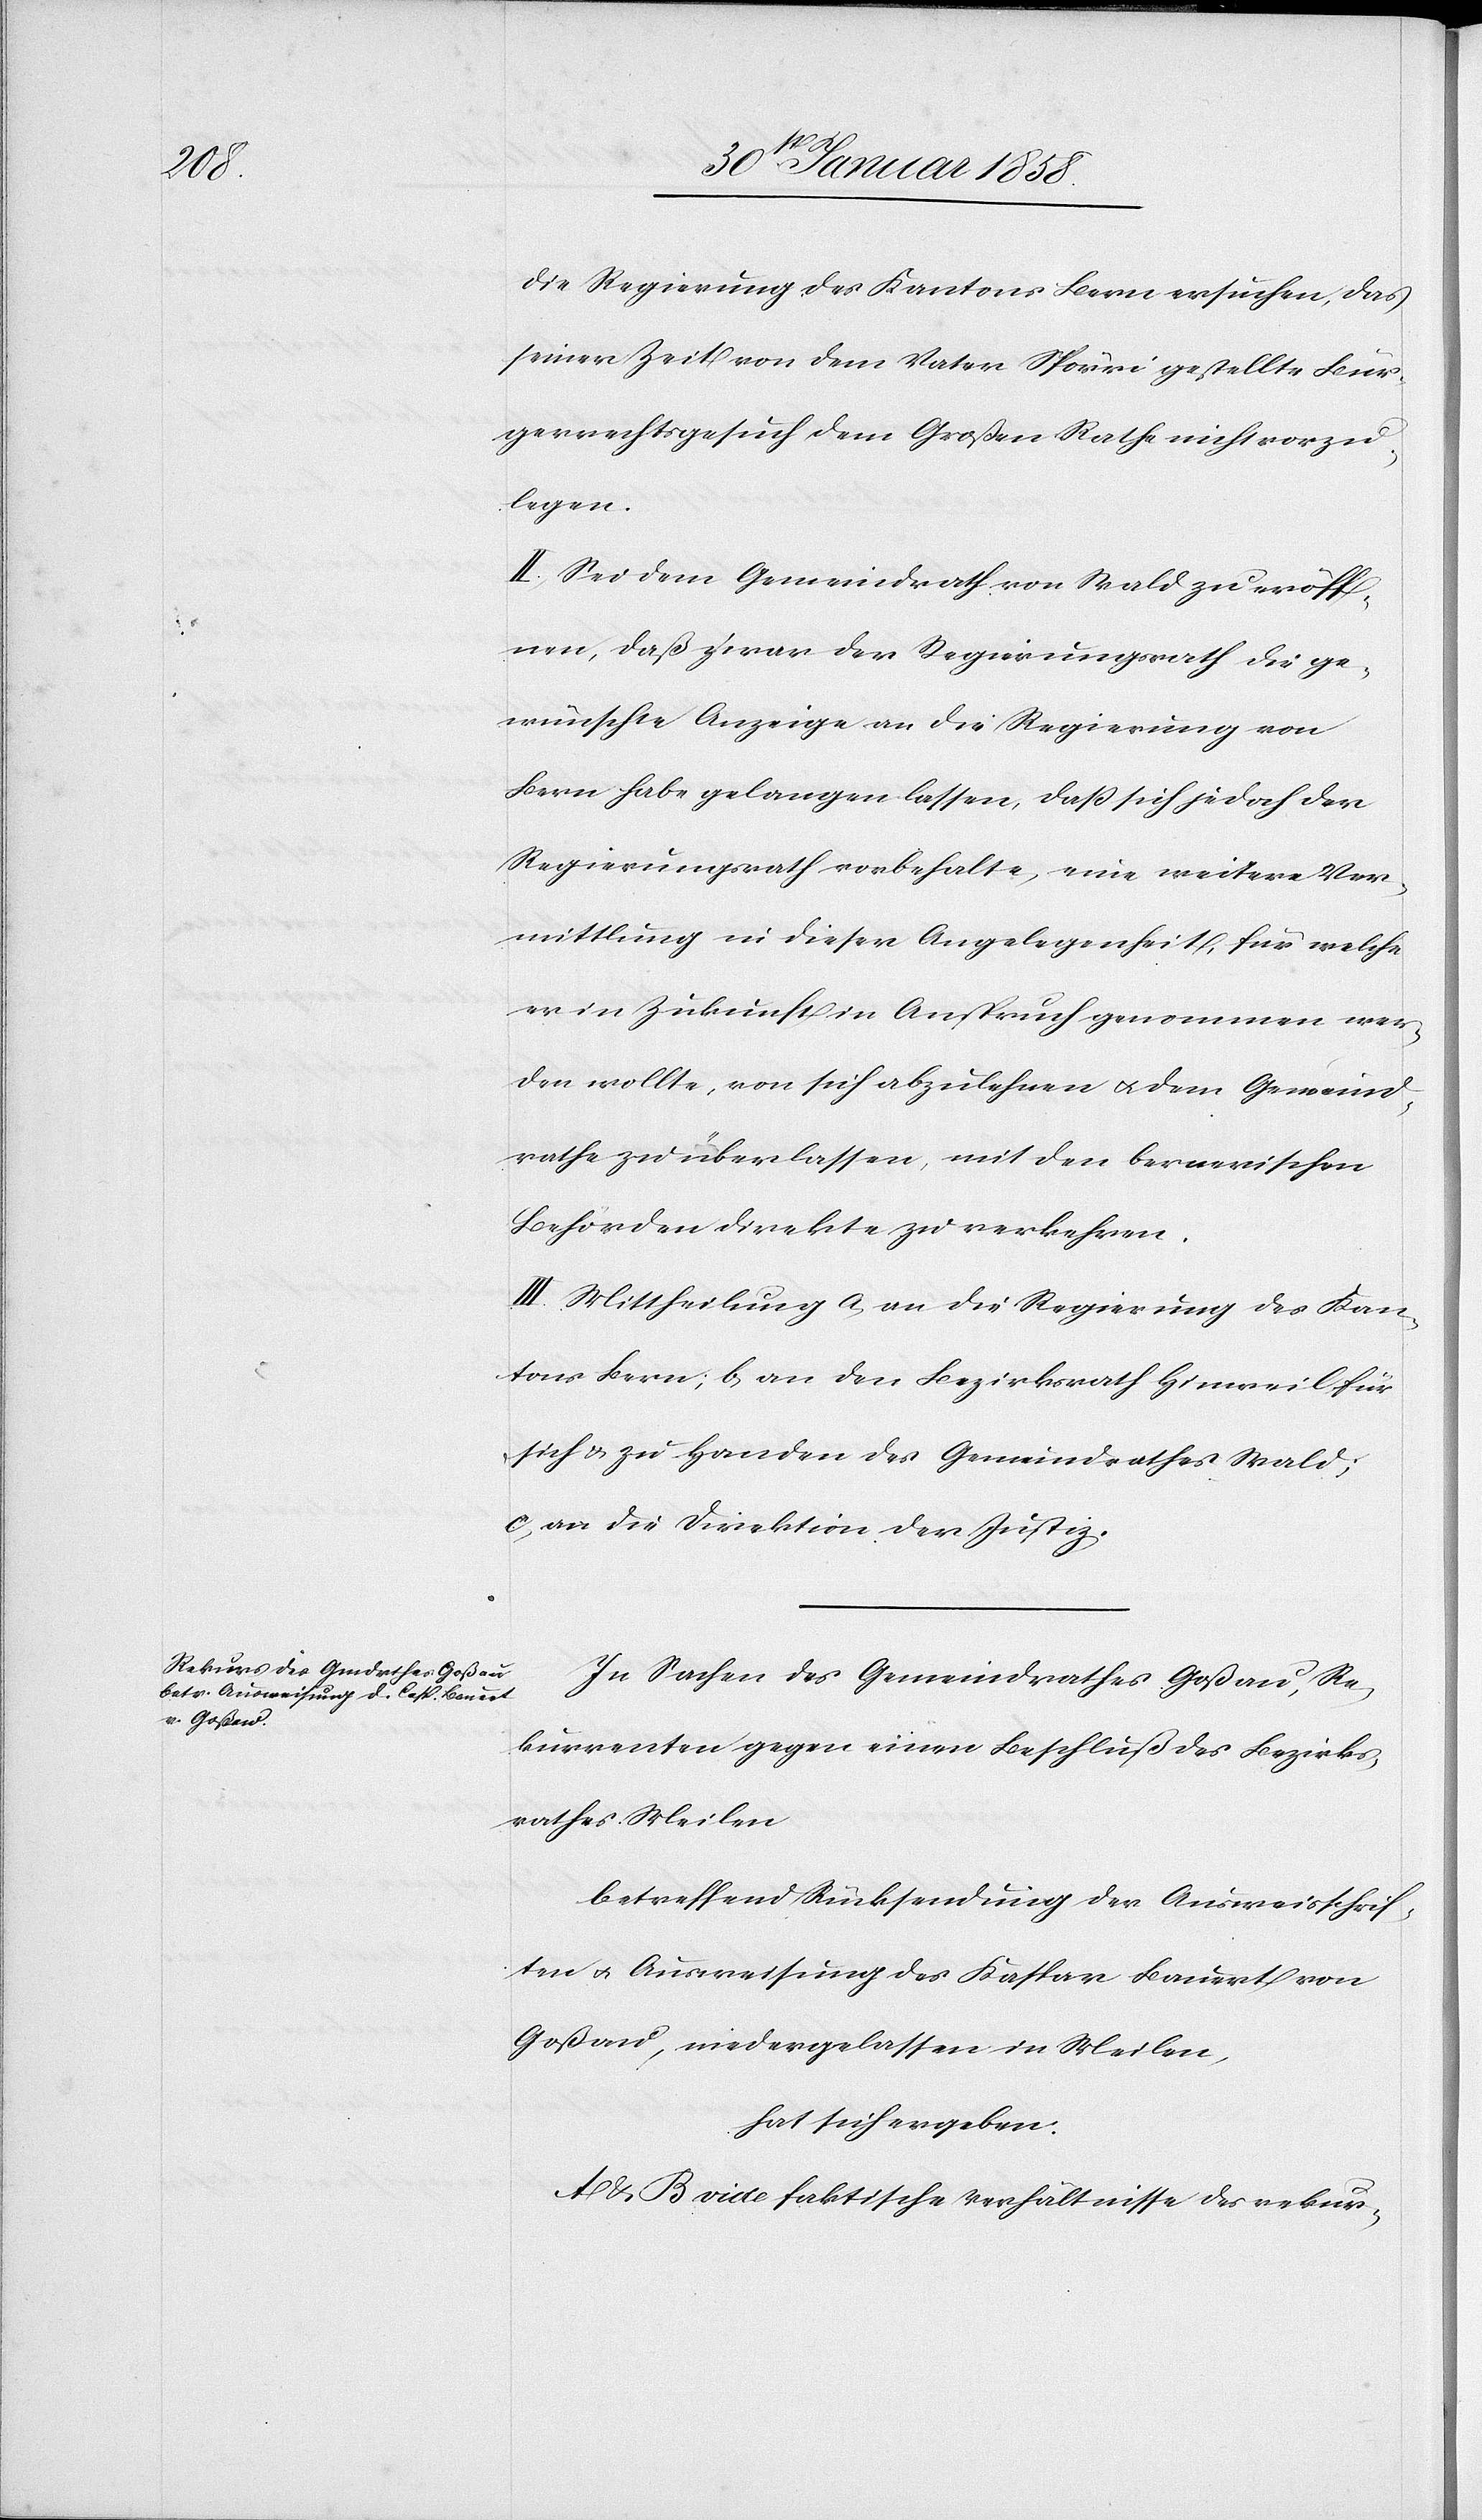
die Regierung des Kantons Bern ersuchen, das
seiner Zeit von dem Vater Spörri gestellte Bür¬
gerrechtsgesuch dem Großen Rathe nicht vorzu¬
legen.
II. Sei dem Gemeindrath von Wald zu eröff¬
nen, daß zwar der Regierungsrath die ge¬
wünschte Anzeige an die Regierung von
Bern habe gelangen lassen, daß sich jedoch der
Regierungsrath vorbehalte, eine weitere Ver¬
mittlung in dieser Angelegenheit, für welche
er in Zukunft in Anspruch genommen wer¬
den wollte, von sich abzulehnen u. dem Gemeind¬
rathe zu überlassen, mit den bernerischen
Behörden direkte zu verkehren.
III. Mittheilung a. an die Regierung des Kan¬
tons Bern, b. an den Bezirksrath Hinweil für
sich u. zu Handen des Gemeindrathes Wald,
c. an die Direktion der Justiz.
In Sachen des Gemeindrathes Goßau, Re¬
kurrenten gegen einen Beschluß des Bezirks¬
rathes Meilen
betreffend Rücksendung der Ausweisschrif¬
ten u. Ausweisung des Kaspar Bauert von
Goßau, niedergelassen in Meilen,
hat sich ergeben:
A & B vide faktische Verhältnisse des rekur-